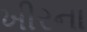
ખીરના